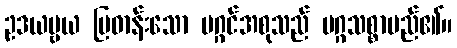
ဥဒယဗ္ဗယ ပြဓာန်းသော မဂ္ဂင်အစုသည် မဂ္ဂသစ္စာမည်၏။